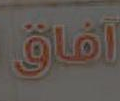
افاق